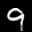
Label: 9